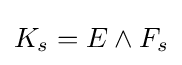
K_{s}=E\wedge F_{s}